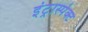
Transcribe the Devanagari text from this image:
इंट्रास्पेक्ट